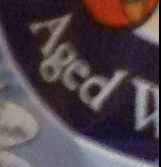
Aged V